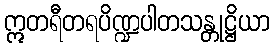
ဣတရီတရပိဏ္ဍပါတသန္တုဋ္ဌိယာ